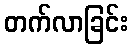
တက်လာခြင်း